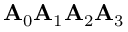
\mathbf { A } _ { 0 } \mathbf { A } _ { 1 } \mathbf { A } _ { 2 } \mathbf { A } _ { 3 }